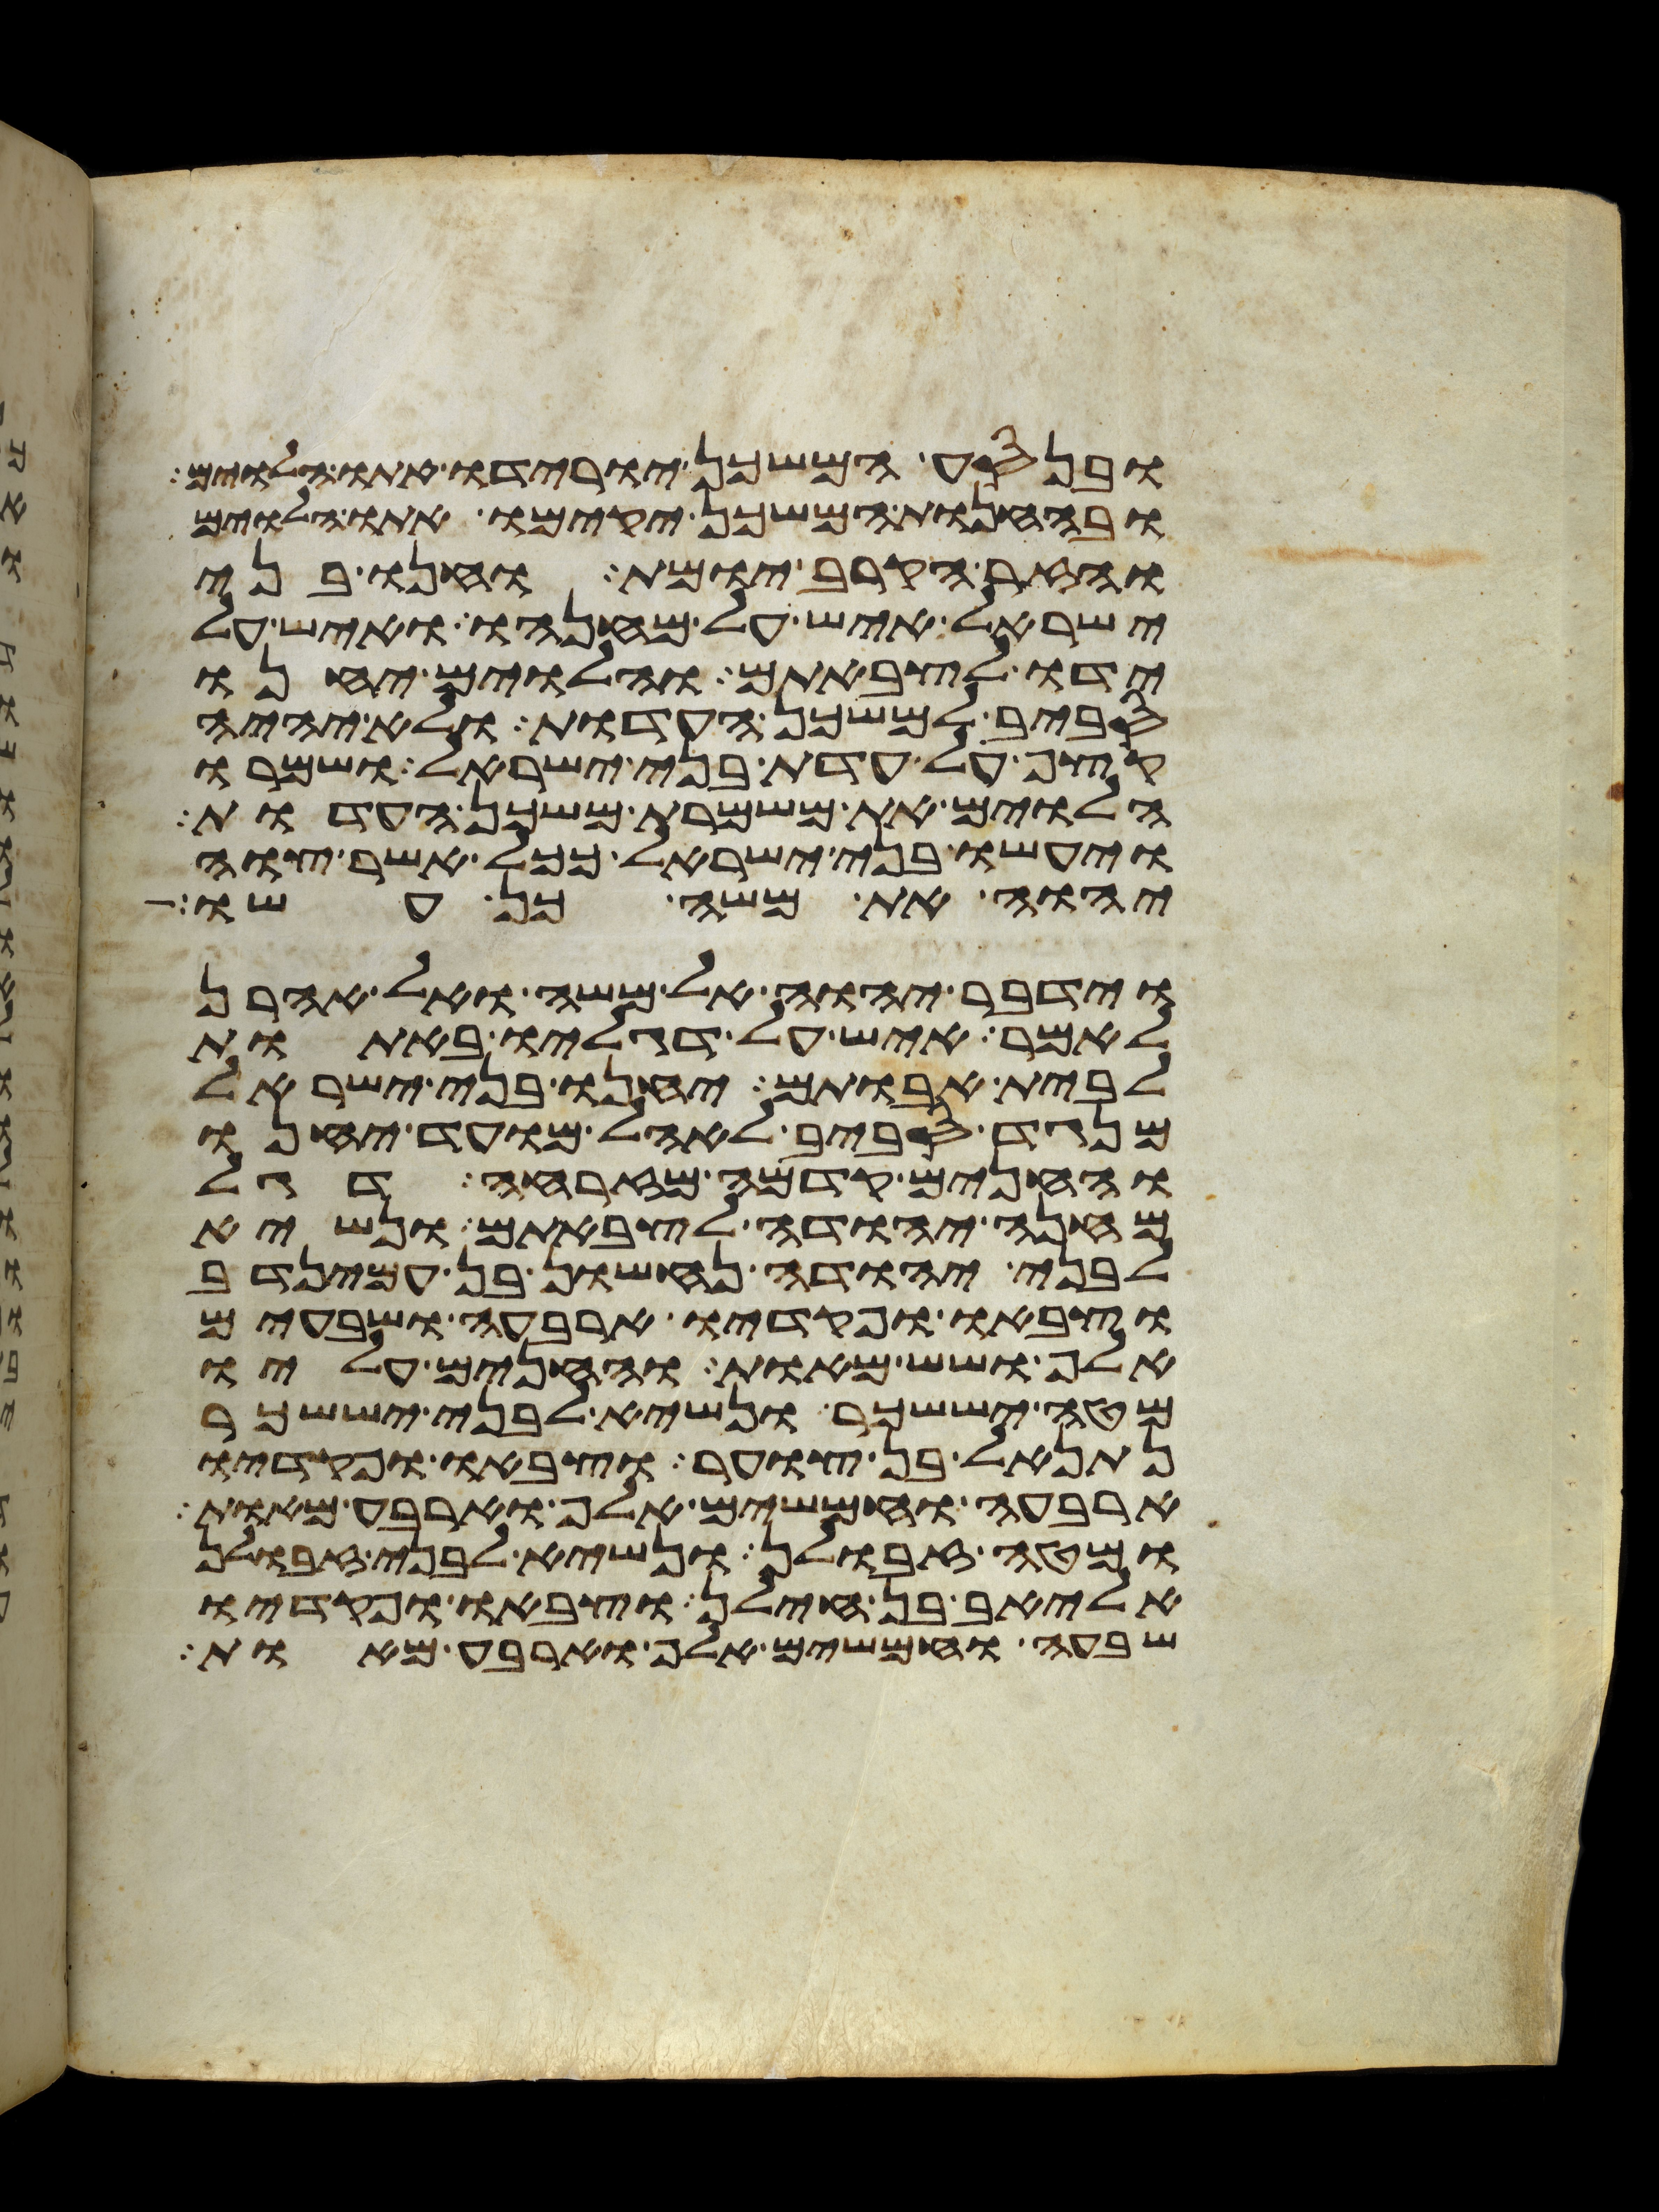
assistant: ובנסע המשכן יורידו אתו הלוים
ובהחנות המשכן יקימו אתו הלוים
והזר הקרב יומת וחנו בני
ישראל איש על מחנהו ואיש על
ידו לצבאתם והלוים יחנו
סביב למשכן העדות ולא יהיה
קצף על עדת בני ישראל ושמרו
הלוים את משמרת משכן העדות
ויעשו בני ישראל ככל אשר צוה
יהוה את משה כן עשו
וידבר יהוה אל משה ואל אהרן
לאמר איש על דגליו באתות
לבית אבותם יחנו בני ישראל
מנגד סביב לאהל מועד יחנו
והחנים קדמה מזרחה דגל
מחנה יהודה לצבאתם ונשיא
לבני יהודה נחשון בן עמינדב
וצבאו ופקדיו ארבעה ושבעים
אלף ושש מאות והחנים עליו
מטה יששכר ונשיא לבני יששכר
נתנאל בן צוער וצבאו ופקדיו
ארבעה וחמשים אלף וארבע מאות
ומטה זבולן ונשיא לבני זבולן
אליאב בן חילן וצבאו ופקדיו
שבעה וחמשים אלף וארבע מאות